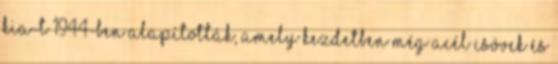
Kia-t 1944-ben alapították, amely kezdetben még acél csövek és